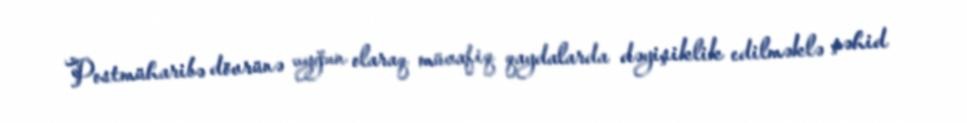
Postmüharibə dövrünə uyğun olaraq müvafiq qaydalarda dəyişiklik edilməklə şəhid